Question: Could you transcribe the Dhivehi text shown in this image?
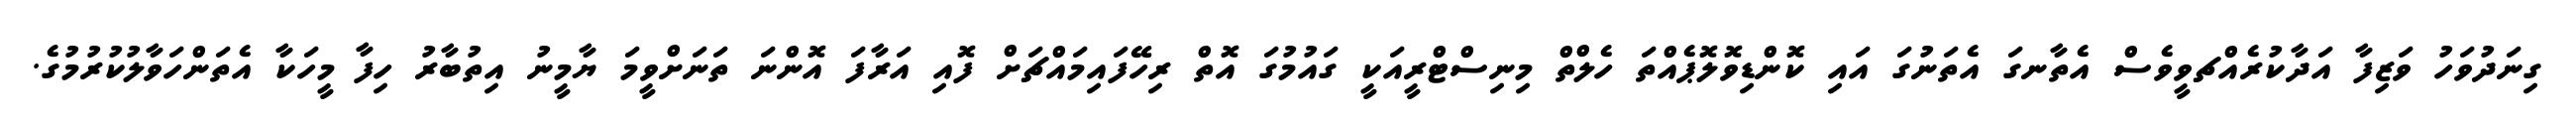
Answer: ގިނަދުވަހު ވަޒިފާ އަދާކުރެއްޗވީވެސް އެތާނގަ އެތަނުގަ އައި ކޮންޑިވޮލޮޕެއްތަ ހެލްތް މިނިސްޓްރީއަކީ ގައުމުގަ އޮތް ރިހޭފައިމައްޗަށް ފޮއި އަރާފަ އޮންނަ ތަނަށްވީމަ ޔާމީނު އިތުބާރު ހިފާ މީހަކާ އެތަންހަވާލުކުރުމުގެ.